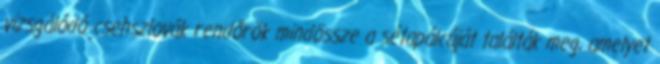
vizsgálódó csehszlovák rendőrök mindössze a sétapálcáját találták meg, amelyet